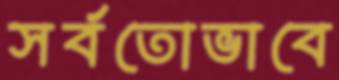
সর্বতোভাবে